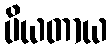
ပိယတာယ